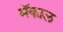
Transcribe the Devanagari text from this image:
मॅकाल